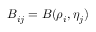
B _ { i j } = B ( \rho _ { i } , \eta _ { j } )